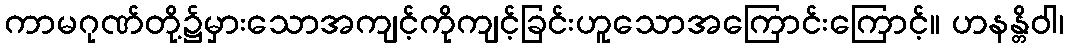
ကာမဂုဏ်တို့၌မှားသောအကျင့်ကိုကျင့်ခြင်းဟူသောအကြောင်းကြောင့်။ ဟနန္တိဝါ၊